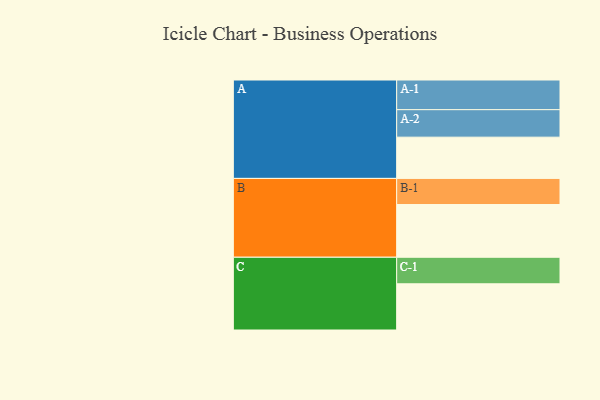
{"axis": {"x": "Segment", "y": "Value"}, "legend": ["", "A", "B", "C"], "data": [{"x": "A", "y": 392, "type": ""}, {"x": "B", "y": 501, "type": ""}, {"x": "C", "y": 439, "type": ""}, {"x": "A-1", "y": 282, "type": "A"}, {"x": "A-2", "y": 261, "type": "A"}, {"x": "B-1", "y": 248, "type": "B"}, {"x": "C-1", "y": 252, "type": "C"}]}